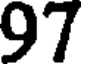
97